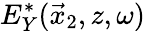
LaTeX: E_{Y}^{*}(\vec{x}_{2},z,\omega)